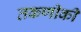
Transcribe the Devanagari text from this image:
तकणीकी